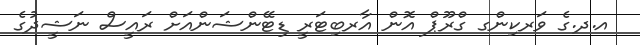
އ.ދ.ގެ ވަރކިންގ ގްރޫޕް އޮން އާރބިޓަރީ ޑިޓޭންޝަންއަށް ރައީސް ނަޝީދުގެ